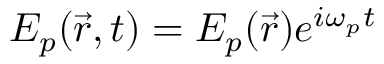
E _ { p } ( \vec { r } , t ) = E _ { p } ( \vec { r } ) e ^ { i \omega _ { p } t }